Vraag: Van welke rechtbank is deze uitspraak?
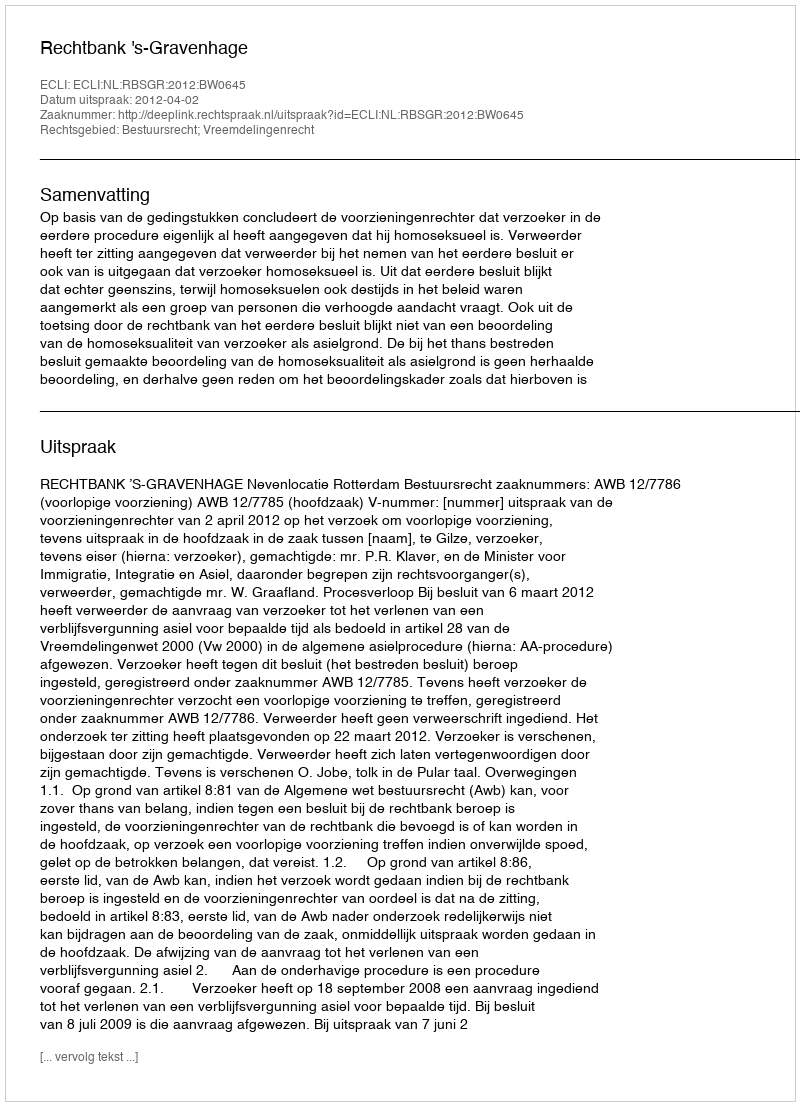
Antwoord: Rechtbank 's-Gravenhage